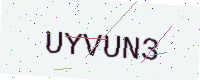
Text: UYVUN3